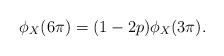
LaTeX: \begin{align*} \phi_X(6\pi)=(1-2p)\phi_X(3\pi).\end{align*}